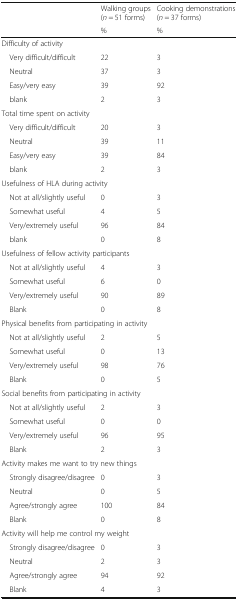
| <ROWSPAN=2>  | Walking groups(n = 51 forms) | Cooking demonstrations(n = 37 forms) |
 | % | % |
 | --- | --- | --- |
 | <COLSPAN=3> Difficulty of activity |
 | Very difficult/difficult | 22 | 3 |
 | Neutral | 37 | 3 |
 | Easy/very easy | 39 | 92 |
 | blank | 2 | 3 |
 | <COLSPAN=3> Total time spent on activity |
 | Very difficult/difficult | 20 | 3 |
 | Neutral | 39 | 11 |
 | Easy/very easy | 39 | 84 |
 | blank | 2 | 3 |
 | <COLSPAN=3> Usefulness of HLA during activity |
 | Not at all/slightly useful | 0 | 3 |
 | Somewhat useful | 4 | 5 |
 | Very/extremely useful | 96 | 84 |
 | blank | 0 | 8 |
 | <COLSPAN=3> Usefulness of fellow activity participants |
 | Not at all/slightly useful | 4 | 3 |
 | Somewhat useful | 6 | 0 |
 | Very/extremely useful | 90 | 89 |
 | Blank | 0 | 8 |
 | <COLSPAN=3> Physical benefits from participating in activity |
 | Not at all/slightly useful | 2 | 5 |
 | Somewhat useful | 0 | 13 |
 | Very/extremely useful | 98 | 76 |
 | Blank | 0 | 5 |
 | <COLSPAN=3> Social benefits from participating in activity |
 | Not at all/slightly useful | 2 | 3 |
 | Somewhat useful | 0 | 0 |
 | Very/extremely useful | 96 | 95 |
 | Blank | 2 | 3 |
 | <COLSPAN=3> Activity makes me want to try new things |
 | Strongly disagree/disagree | 0 | 3 |
 | Neutral | 0 | 5 |
 | Agree/strongly agree | 100 | 84 |
 | Blank | 0 | 8 |
 | <COLSPAN=3> Activity will help me control my weight |
 | Strongly disagree/disagree | 0 | 3 |
 | Neutral | 2 | 3 |
 | Agree/strongly agree | 94 | 92 |
 | Blank | 4 | 3 |